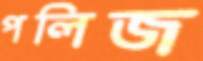
পলিজ